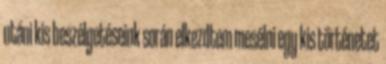
utáni kis beszélgetéseink során elkezdtem mesélni egy kis történetet